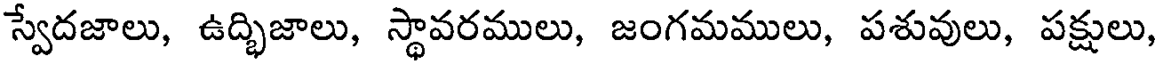
స్వేదజాలు, ఉద్భిజాలు, స్థావరములు, జంగమములు, పశువులు, పక్షులు,